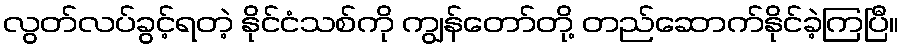
လွတ်လပ်ခွင့်ရတဲ့ နိုင်ငံသစ်ကို ကျွန်တော်တို့ တည်ဆောက်နိုင်ခဲ့ကြပြီ။